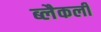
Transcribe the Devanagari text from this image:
ब्लैकली